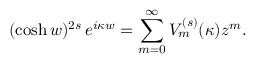
( \cosh w ) ^ { 2 s } \, e ^ { i \kappa w } = \sum _ { m = 0 } ^ { \infty } V _ { m } ^ { ( s ) } ( \kappa ) z ^ { m } .